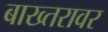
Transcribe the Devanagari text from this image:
बाख्तरावर